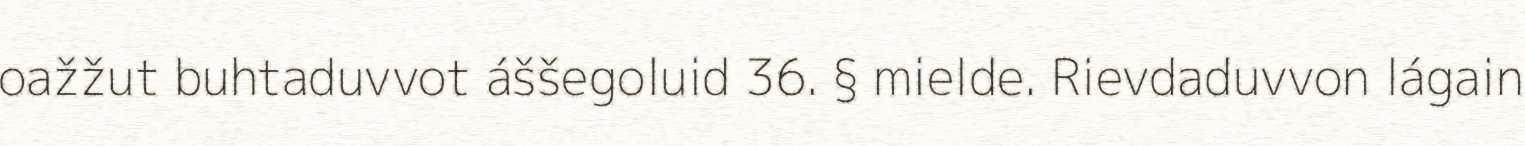
oažžut buhtaduvvot áššegoluid 36. § mielde. Rievdaduvvon lágain